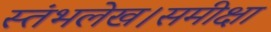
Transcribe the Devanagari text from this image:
स्तंभलेख।समीक्षा